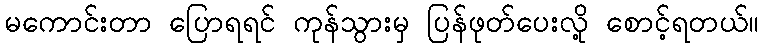
မကောင်းတာ ပြောရရင် ကုန်သွားမှ ပြန်ဖုတ်ပေးလို့ စောင့်ရတယ်။